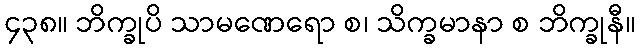
၄၃၈။ ဘိက္ခုပိ သာမဏေရော စ၊ သိက္ခမာနာ စ ဘိက္ခုနီ။